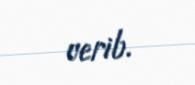
verib.